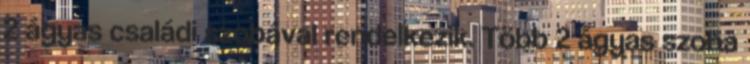
2 ágyas családi szobával rendelkezik. Több 2 ágyas szoba